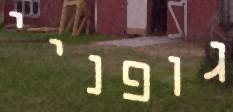
גופניי